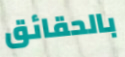
بالحقائق